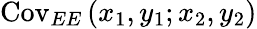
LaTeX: \mathrm{Cov}_{EE}\left(x_{1},y_{1};x_{2},y_{2}\right)